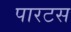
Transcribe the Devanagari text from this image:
पारटस